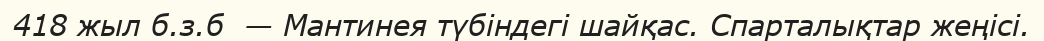
418 жыл б.з.б  — Мантинея түбіндегі шайқас. Спарталықтар жеңісі.